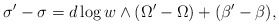
\begin{align*}\sigma'-\sigma = d\log w \wedge (\Omega' -\Omega) + (\beta'-\beta),\end{align*}